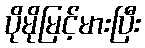
ပိုမိုမြင့်မားပြီး